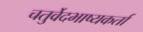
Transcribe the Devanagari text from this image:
चतुर्वेदभाष्यकर्ता